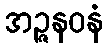
အဉ္ဇနဝနံ